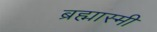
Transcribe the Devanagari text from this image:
ब्रह्मास्मी